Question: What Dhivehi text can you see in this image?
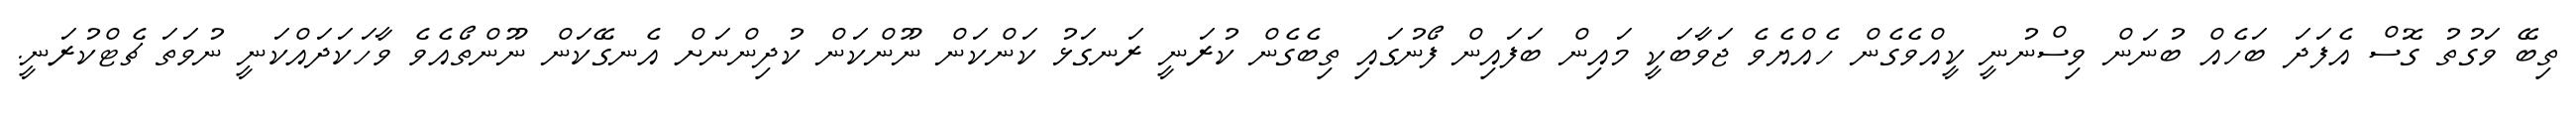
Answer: ތިބޭ ވަގުތު ގޮސް އެފަދަ ބަހެއް ބުނަން ވިސްނުނީ ކީއްވެގެން ހެއްޔެވެ ޖަވާބަކީ މައިން ބަފައިން ފޯނުގައި ތިބެގެން ކުރަނީ ރަނގަޅު ކަންކަން ނޫންކަން ކުދިންނަށް އެނގޭކަން ނޫންތޯއެވެ ވާހަކަދައްކަނީ ނުވަތަ ޗެޓްކުރަނީ.